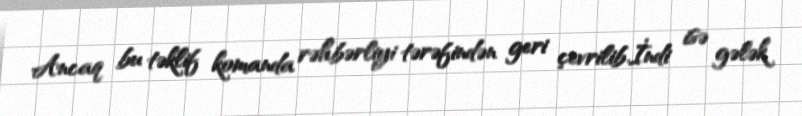
Ancaq bu təklif komanda rəhbərliyi tərəfindən geri çevrilib.İndi isə gələk